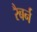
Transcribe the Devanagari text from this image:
रैबर्न